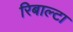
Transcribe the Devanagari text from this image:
रिबाल्टा